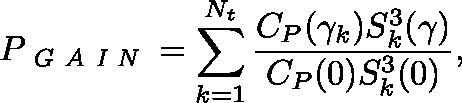
P _ { \textit { G A I N } } = \sum _ { k = 1 } ^ { N _ { t } } \frac { C _ { P } ( \gamma _ { k } ) S _ { k } ^ { 3 } ( \mathbf { \gamma } ) } { C _ { P } ( 0 ) S _ { k } ^ { 3 } ( { 0 } ) } ,